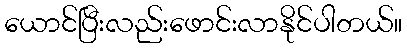
ယောင်ပြီးလည်းဖောင်းလာနိုင်ပါတယ်။